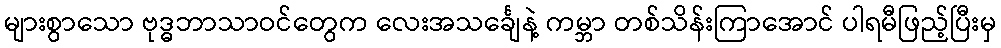
များစွာသော ဗုဒ္ဓဘာသာဝင်တွေက လေးအသင်္ချေနဲ့ ကမ္ဘာ တစ်သိန်းကြာအောင် ပါရမီဖြည့်ပြီးမှ